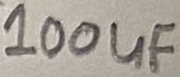
Text: 100µF